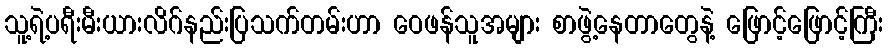
သူ့ရဲ့ပရီးမီးယားလိဂ်နည်းပြသက်တမ်းဟာ ဝေဖန်သူအများ စာဖွဲ့နေတာတွေနဲ့ ဖြောင့်ဖြောင့်ကြီး